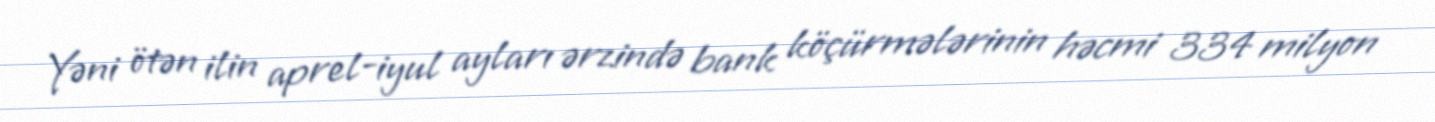
Yəni ötən ilin aprel-iyul ayları ərzində bank köçürmələrinin həcmi 334 milyon